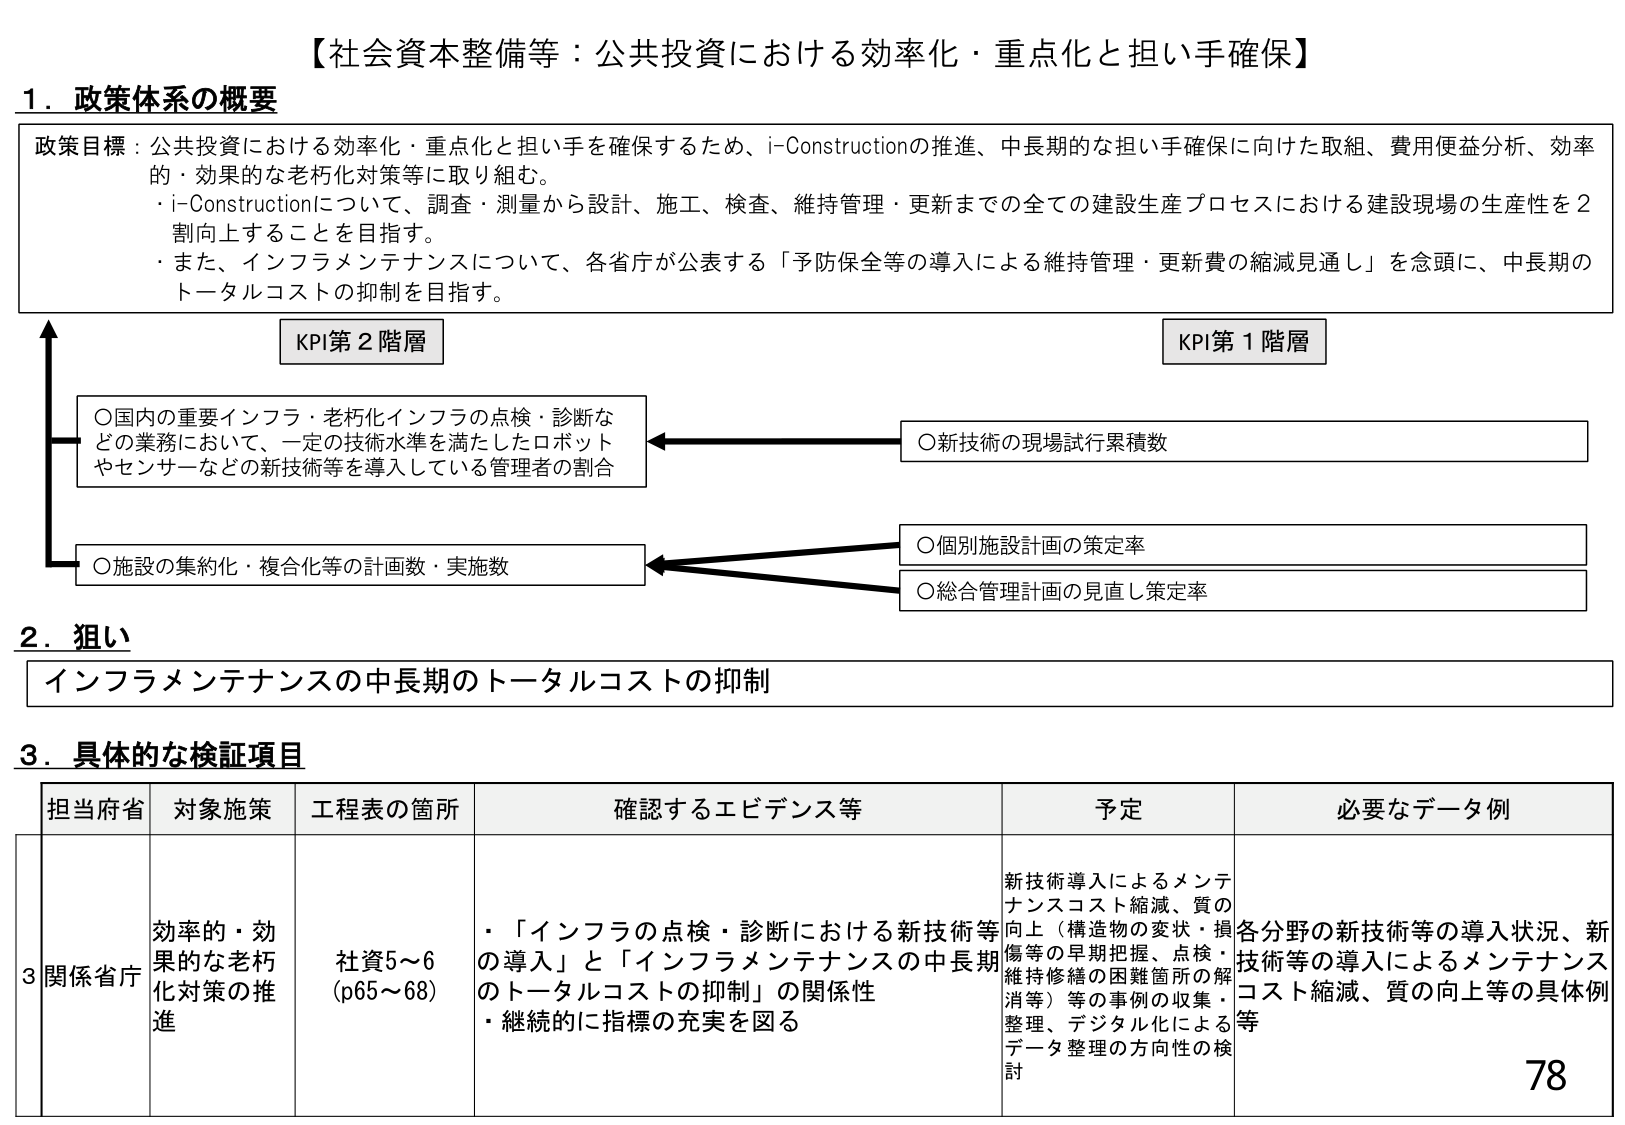
【社会資本整備等：公共投資における効率化・重点化と担い手確保】

1．政策体系の概要

政策目標：公共投資における効率化・重点化と担い手を確保するため、i-Constructionの推進、中長期的な担い手確保に向けた取組、費用便益分析、効率的・効果的な老朽化対策等に取り組む。
・i-Constructionについて、調査・測量から設計、施工、検査、維持管理・更新までの全ての建設生産プロセスにおける建設現場の生産性を2割向上することを目指す。
・また、インフラメンテナンスについて、各省庁が公表する「予防保全等の導入による維持管理・更新費の縮減見通し」を念頭に、中長期のトータルコストの抑制を目指す。

KPI第2階層
○国内の重要インフラ・老朽化インフラの点検・診断などの業務において、一定の技術水準を満たしたロボットやセンサーなどの新技術等を導入している管理者の割合

KPI第1階層
○新技術の現場試行累積数

○施設の集約化・複合化等の計画数・実施数
○個別施設計画の策定率
○総合管理計画の見直し策定率

2．狙い
インフラメンテナンスの中長期のトータルコストの抑制

3．具体的な検証項目

担当府省　対象施策　工程表の箇所　確認するエビデンス等　予定　必要なデータ例

3 関係省庁　効率的・効果的な老朽化対策の推進　社資5～6（p65～68）　・「インフラの点検・診断における新技術等の導入」と「インフラメンテナンスの中長期のトータルコストの抑制」の関係性
・継続的に指標の充実を図る　新技術導入によるメンテナンスコスト縮減、質の向上（構造物の変状・損傷等の早期把握、点検・維持修繕の困難箇所の解消等）等の事例の収集・整理、デジタル化によるデータ整理の方向性の検討　各分野の新技術等の導入状況、新技術等の導入によるメンテナンスコスト縮減、質の向上等の具体例等

78